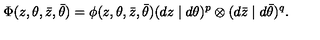
\Phi ( z , \theta , \bar { z } , \bar { \theta } ) = \phi ( z , \theta , \bar { z } , \bar { \theta } ) ( d z \mid d \theta ) ^ { p } \otimes ( d \bar { z } \mid d \bar { \theta } ) ^ { q } .